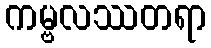
ကမ္ဗလဿတရာ